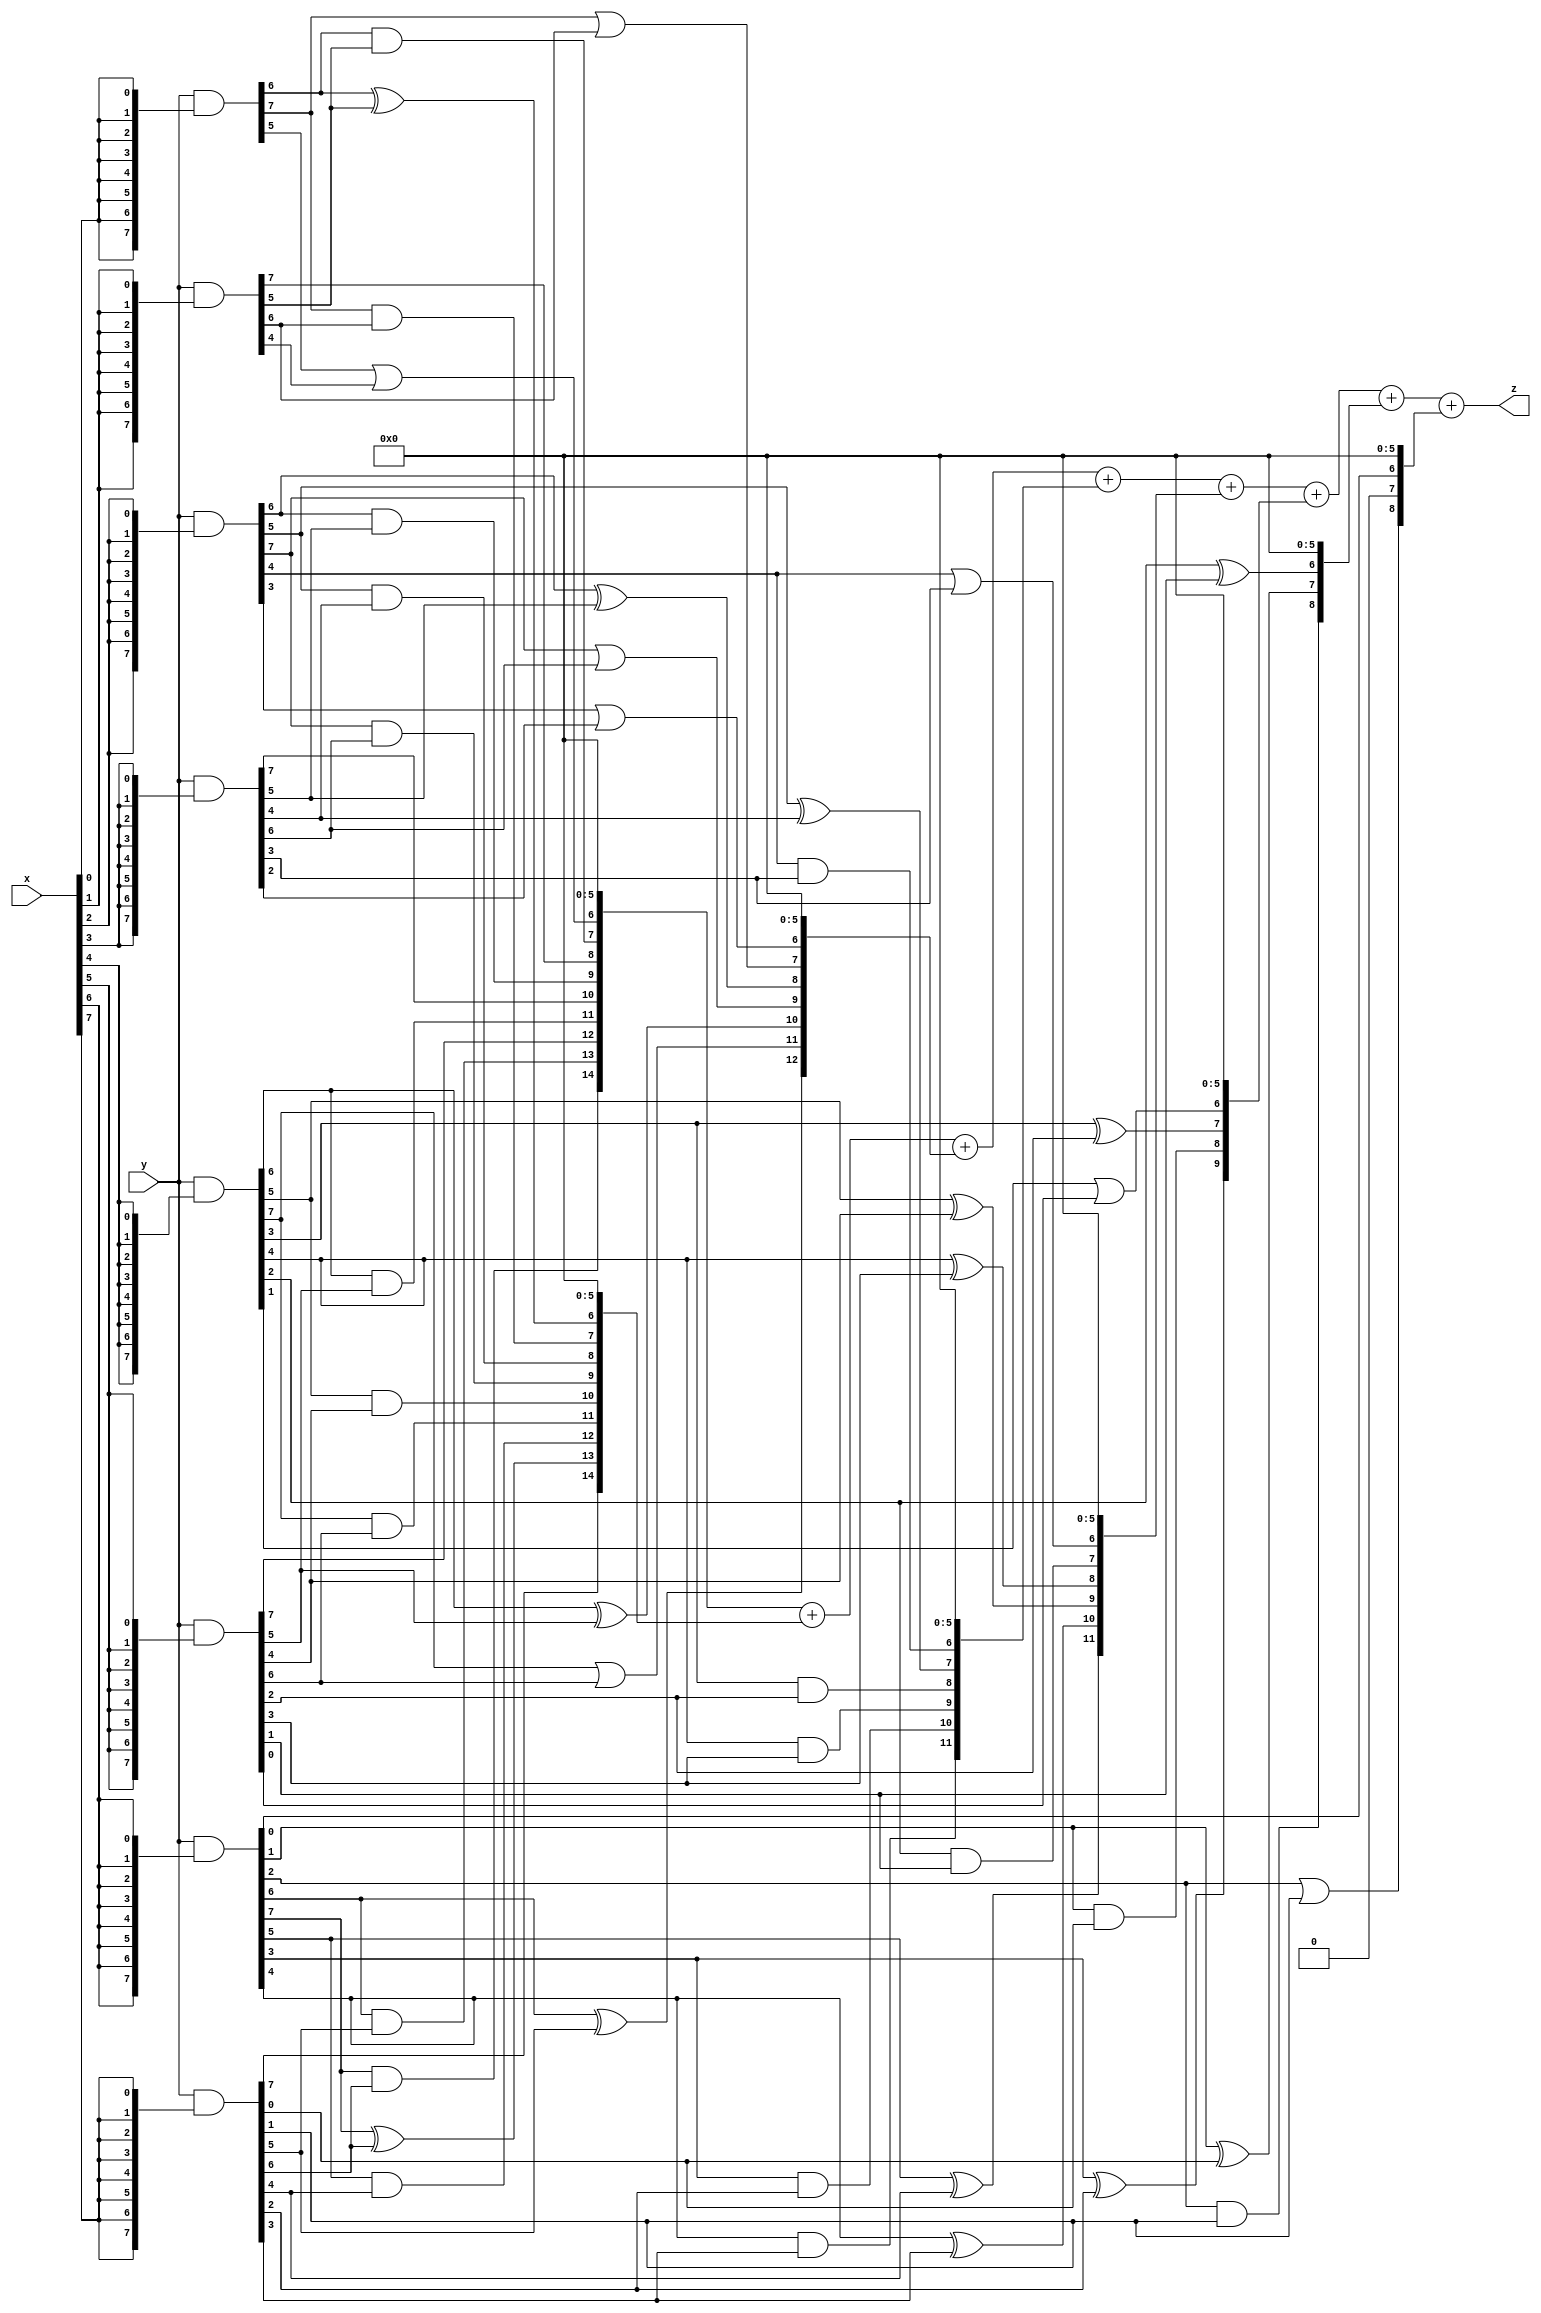
// terms: 46
// fval:  10048.25

module unsigned_8x8_l8_lamb200_0 (
	input [7:0] x,
	input [7:0] y,
	output [15:0] z
);


wire [7:0] part1 =  y & {8{x[0]}};
wire [7:0] part2 =  y & {8{x[1]}};
wire [7:0] part3 =  y & {8{x[2]}};
wire [7:0] part4 =  y & {8{x[3]}};
wire [7:0] part5 =  y & {8{x[4]}};
wire [7:0] part6 =  y & {8{x[5]}};
wire [7:0] part7 =  y & {8{x[6]}};
wire [7:0] part8 =  y & {8{x[7]}};

wire [14:0] new_part1;
assign new_part1[0] = 0;
assign new_part1[1] = 0;
assign new_part1[2] = 0;
assign new_part1[3] = 0;
assign new_part1[4] = 0;
assign new_part1[5] = 0;
assign new_part1[6] = part1[5] | part2[4];
assign new_part1[7] = part1[6] & part2[5];
assign new_part1[8] = part2[7];
assign new_part1[9] = part3[6] & part4[5];
assign new_part1[10] = part4[7];
assign new_part1[11] = part5[6] & part6[5];
assign new_part1[12] = part6[7];
assign new_part1[13] = part7[6] & part8[5];
assign new_part1[14] = part7[7] & part8[6];

wire [14:0] new_part2;
assign new_part2[0] = 0;
assign new_part2[1] = 0;
assign new_part2[2] = 0;
assign new_part2[3] = 0;
assign new_part2[4] = 0;
assign new_part2[5] = 0;
assign new_part2[6] = part1[6] ^ part2[5];
assign new_part2[7] = part1[7] & part2[6];
assign new_part2[8] = part3[5] & part4[4];
assign new_part2[9] = part3[7] & part4[6];
assign new_part2[10] = part5[5] & part6[4];
assign new_part2[11] = part5[7] & part6[6];
assign new_part2[12] = part7[5] & part8[4];
assign new_part2[13] = part7[7] ^ part8[6];
assign new_part2[14] = part8[7];

wire [12:0] new_part3;
assign new_part3[0] = 0;
assign new_part3[1] = 0;
assign new_part3[2] = 0;
assign new_part3[3] = 0;
assign new_part3[4] = 0;
assign new_part3[5] = 0;
assign new_part3[6] = part3[3] | part4[2];
assign new_part3[7] = part1[7] | part2[6];
assign new_part3[8] = part3[6] ^ part4[5];
assign new_part3[9] = part3[7] | part4[6];
assign new_part3[10] = part5[6] ^ part6[5];
assign new_part3[11] = part5[7] | part6[6];
assign new_part3[12] = part7[6] ^ part8[5];

wire [11:0] new_part4;
assign new_part4[0] = 0;
assign new_part4[1] = 0;
assign new_part4[2] = 0;
assign new_part4[3] = 0;
assign new_part4[4] = 0;
assign new_part4[5] = 0;
assign new_part4[6] = part3[4] & part4[3];
assign new_part4[7] = part3[5] ^ part4[4];
assign new_part4[8] = part5[3] & part6[2];
assign new_part4[9] = part5[4] & part6[3];
assign new_part4[10] = part7[3] & part8[2];
assign new_part4[11] = part7[4] & part8[3];

wire [11:0] new_part5;
assign new_part5[0] = 0;
assign new_part5[1] = 0;
assign new_part5[2] = 0;
assign new_part5[3] = 0;
assign new_part5[4] = 0;
assign new_part5[5] = 0;
assign new_part5[6] = part3[4] | part4[3];
assign new_part5[7] = part5[2] & part6[1];
assign new_part5[8] = part5[4] ^ part6[3];
assign new_part5[9] = part5[5] ^ part6[4];
assign new_part5[10] = part7[4] ^ part8[3];
assign new_part5[11] = part7[5] ^ part8[4];

wire [9:0] new_part6;
assign new_part6[0] = 0;
assign new_part6[1] = 0;
assign new_part6[2] = 0;
assign new_part6[3] = 0;
assign new_part6[4] = 0;
assign new_part6[5] = 0;
assign new_part6[6] = part5[1] | part6[0];
assign new_part6[7] = part5[3] ^ part6[2];
assign new_part6[8] = part7[1] & part8[0];
assign new_part6[9] = part7[3] ^ part8[2];

wire [8:0] new_part7;
assign new_part7[0] = 0;
assign new_part7[1] = 0;
assign new_part7[2] = 0;
assign new_part7[3] = 0;
assign new_part7[4] = 0;
assign new_part7[5] = 0;
assign new_part7[6] = part5[2] ^ part6[1];
assign new_part7[7] = part7[1] ^ part8[0];
assign new_part7[8] = part7[2] & part8[1];

wire [8:0] new_part8;
assign new_part8[0] = 0;
assign new_part8[1] = 0;
assign new_part8[2] = 0;
assign new_part8[3] = 0;
assign new_part8[4] = 0;
assign new_part8[5] = 0;
assign new_part8[6] = part7[0];
assign new_part8[7] = 0;
assign new_part8[8] = part7[2] | part8[1];

assign z = new_part1 + new_part2 + new_part3 + new_part4 + new_part5 + new_part6 + new_part7 + new_part8;
endmodule